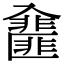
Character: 𠓿